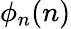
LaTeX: \phi_{n}(n)